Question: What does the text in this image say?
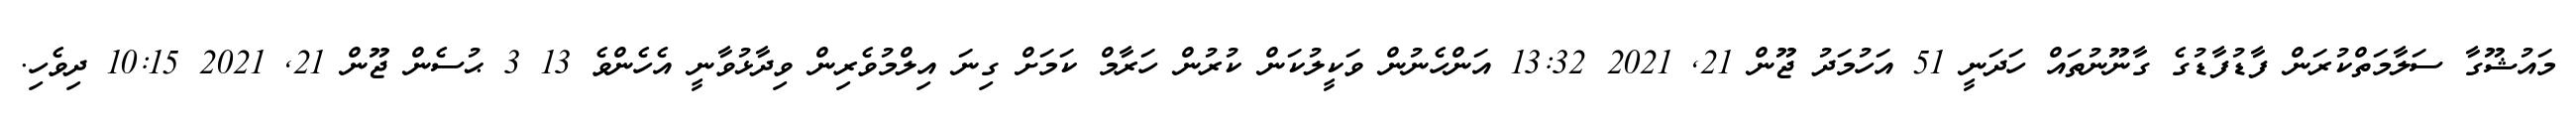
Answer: މައުޝޫގާ ސަލާމަތްކުރަން ފާޑުފާޑުގެ ގާނޫނުތައް ހަދަނީ 51 އަހުމަދު ޖޫން 21, 2021 13:32 އަންހެނުން ވަކީލުކަން ކުރުން ހަރާމް ކަމަށް ގިނަ އިލްމުވެރިން ވިދާޅުވާނީ އެހެންވެ 13 3 ޙުސެން ޖޫން 21, 2021 10:15 ދިވެހި.